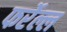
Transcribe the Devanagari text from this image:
फर्रेल्ल